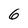
Character: 6